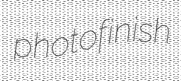
photofinish